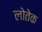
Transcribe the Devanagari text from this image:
लोतेक